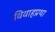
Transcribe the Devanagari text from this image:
विवाहप्रथा